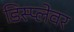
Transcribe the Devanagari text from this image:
डिस्प्लेवर